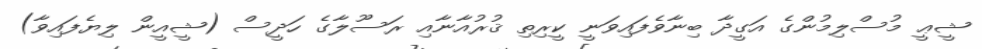
ޝީޢީ މުސްލިމުންގެ އަގީދާ ބިނާވެފައިވަނީ ކީރިތި ޤުރުއާނާއި ރަސޫލާގެ ހަދީސް (ޝީއީން ލިޔެފައިވާ)